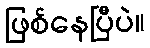
ဖြစ်နေပြီပဲ။